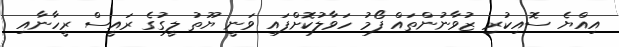
އިއްޔެ ސޮއިކުރި ޒުވާނުންތައް ފޯމު ހަވާލުކޮށްފައި ވަނީ ޔޫތު ލީގުގެ ރައީސް ރީހާނާއި